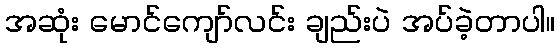
အဆုံး မောင်ကျော်လင်း ချည်းပဲ အပ်ခဲ့တာပါ။